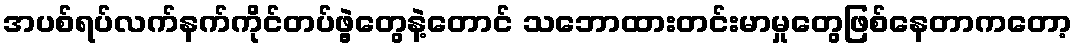
အပစ်ရပ်လက်နက်ကိုင်တပ်ဖွဲ့တွေနဲ့တောင် သဘောထားတင်းမာမှုတွေဖြစ်နေတာကတော့